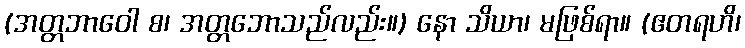
(အတ္တဘာဝေါ စ၊ အတ္တဘောသည်လည်း။) နော သိယာ၊ မဖြစ်ရာ။ (ဧတရဟိ၊